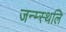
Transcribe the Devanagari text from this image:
जन्म्स्थलि